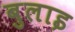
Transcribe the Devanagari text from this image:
बुलाइ